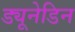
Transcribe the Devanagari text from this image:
ड्यूनेडिन